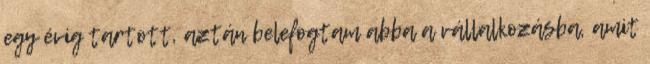
egy évig tartott, aztán belefogtam abba a vállalkozásba, amit